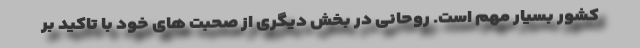
کشور بسیار مهم است. روحانی در بخش دیگری از صحبت های خود با تاکید بر